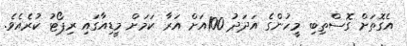
އެގޮތަށް ގޮސްތިބި މީހުންގެ އަދަދު 100އަށް އަރާ ކަަމަށް މީޑިއާގައި ރިޕޯޓު ކުރެއެވެ.